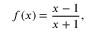
f ( x ) = { \frac { x - 1 } { x + 1 } } ,